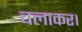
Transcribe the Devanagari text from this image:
चलाकर।